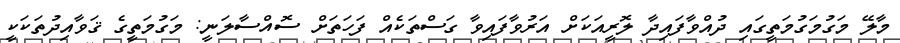
މާލޭ މަގުމަގުމަތީގައި ދުއްވާފައިދާ ލޮރީއަކަށް އަރުވާފައިވާ ގަސްތަކެއް ފަހަތަށް ސޮއްސާލަނީ: މަގުމަތީގެ ޤަވާއިދުތަކަކީ